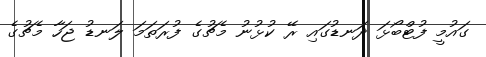
ގައުމީ ފުޓްބޯޅަ ދަނޑުގައި ރޭ ކުޅުނު މެޗުގެ ފުރަތަމަ ލަނޑު ޖަހާ މެޗުގެ